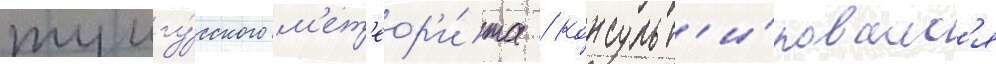
тунгу́сского м'ет'еор'и́та / консульт'и́ровалс'я